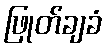
ဖြုတ်ချခံ